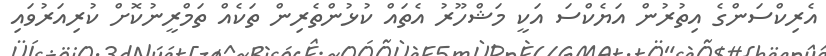
އެރިކްސަންގެ އިތުރުން އަޔެކްސަ އަކީ މަޝްހޫރު އެތައް ކުޅުންތެރިން ތަކެއް ތަމްރީނުކޮށް ކުރިއަރުވައި